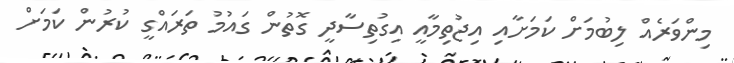
މިންވަރެއް ލިބުމަށް ކަމަށާއި އިޖުތިމާއީ އިގުތިސާދީ ގޮތުން ގައުމު ތަރައްގީ ކުރުން ކަމަށް